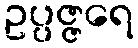
ဥပ္ပဇ္ဇရေ